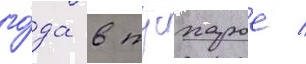
го́да в тусхарое /